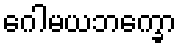
ဂေါမယဘက္ခော